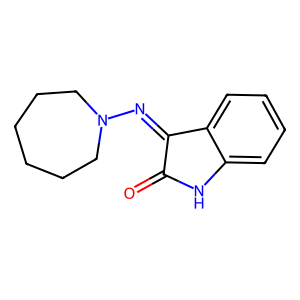
SMILES: O=C1Nc2ccccc2C1=NN1CCCCCC1
Inhibits HIV replication: No